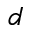
\mathfrak { d }